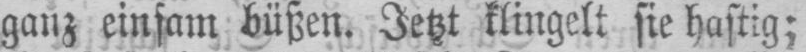
ganz einsam büßen. Jetzt klingelt sie hastig;